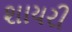
શાયરી